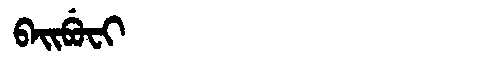
Manchu: ᠪᠠᡳᠪᡠᠸᡳ
Romanization: BAIBUFI